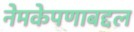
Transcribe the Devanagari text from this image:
नेमकेपणाबद्दल